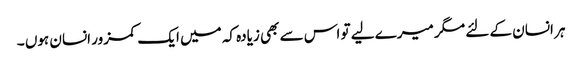
ہر انسان کے لئے مگر میرے لیے تو اس سے بھی زیادہ کہ میں ایک کمزور انسان ہوں ۔